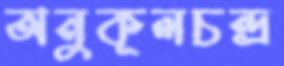
অনুকূলচন্দ্র